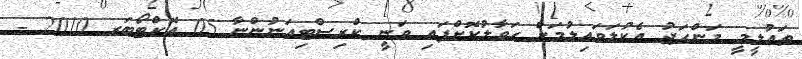
ތައުލީމީ މަންހަޖު އެކުލަވައިލުމަށް ހަވާލުކޮށްފައި ވަނީ ކްރިސްޓިއަނުންނާ 05 އޮކްޓޯބަރ 2010 -